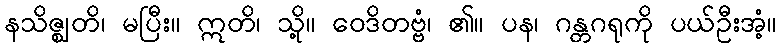
နသိဇ္ဈတိ၊ မပြီး။ ဣတိ၊ သို့။ ဝေဒိတဗ္ဗံ၊ ၏။ ပန၊ ဂန္တဂရုကို ပယ်ဦးအံ့။